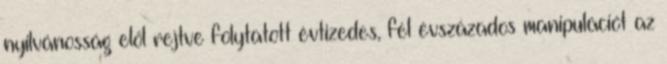
nyilvánosság elől rejtve folytatott évtizedes, fél évszázados manipulációt az